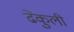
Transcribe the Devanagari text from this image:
ढेंकुली